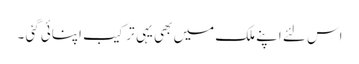
اس لئے اپنے ملک میں بھی یہی ترکیب اپنائی گئی ۔